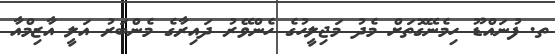
ތ. ފުނައްޑޫ ހިމެނޭގޮތަށް މެދު މަޖިލީހުގެ ހެންވޭރު ދައިރާގެ މެންބަރު އަލީ އާޒިމްއާ